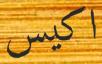
اكيس